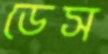
ডেস